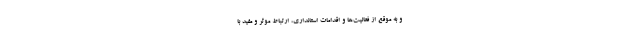
و به موقع از فعالیت‌ها و اقدامات استانداری، ارتباط موثر و مفید با